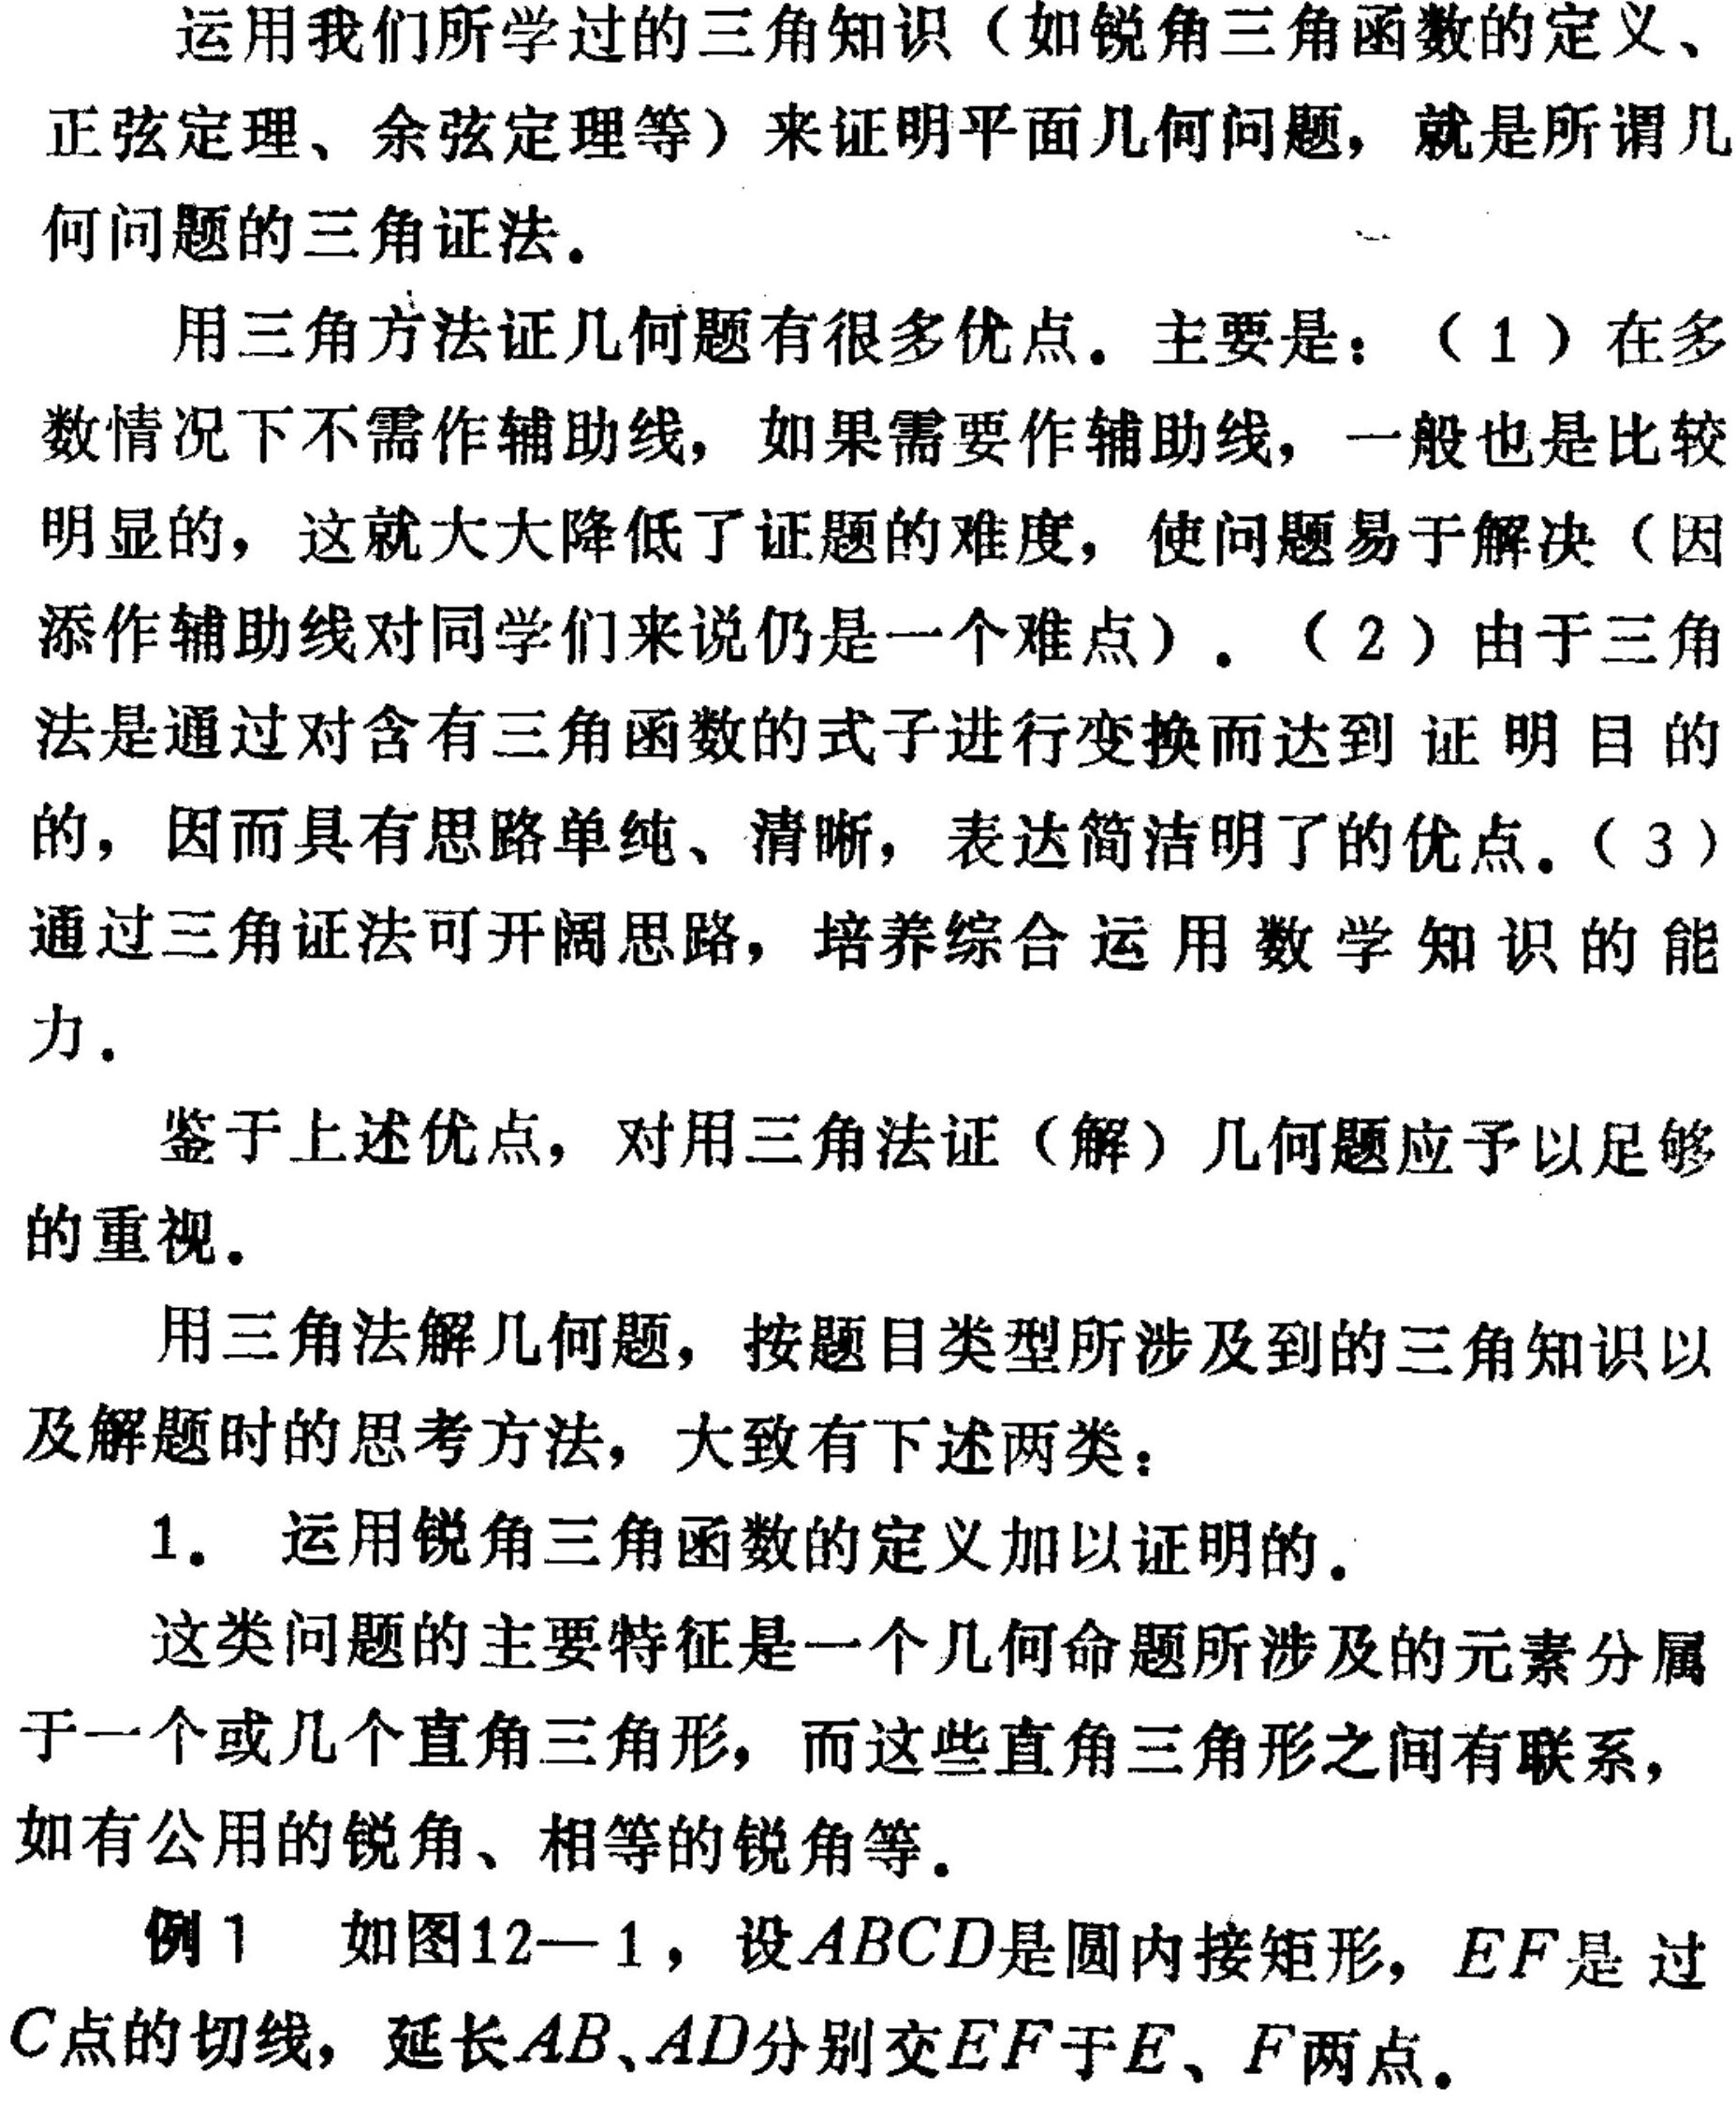
运用我们所学过的三角知识（如锐角三角函数的定义、
正弦定理、余弦定理等）来证明平面几何问题，就是所谓几
何问题的三角证法。

用三角方法证几何题有很多优点。主要是：（1）在多
数情况下不需作辅助线，如果需要作辅助线，一般也是比较
明显的，这就大大降低了证题的难度，使问题易于解决（因
添作辅助线对同学们来说仍是一个难点）。（2）由于三角
法是通过对含有三角函数的式子进行变换而达到 证 明 目 的
的，因而具有思路单纯、清晰，表达简洁明了的优点。（3）
通过三角证法可开阔思路，培养综合运用 数 学 知 识 的 能
力。

鉴于上述优点，对用三角法证（解）几何题应予以足够
的重视。

用三角法解几何题，按题目类型所涉及到的三角知识以
及解题时的思考方法，大致有下述两类：

1. 运用锐角三角函数的定义加以证明的。

这类问题的主要特征是一个几何命题所涉及的元素分属
于一个或几个直角三角形，而这些直角三角形之间有联系，
如有公用的锐角、相等的锐角等。

例1 如图12—1，设\(ABCD\)是圆内接矩形，\(EF\)是 过
\(C\)点的切线，延长\(AB、AD\)分别交\(EF\)于\(E、F\)两点。